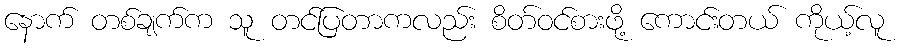
နောက် တစ်ချက်က သူ တင်ပြတာကလည်း စိတ်ဝင်စားဖို့ ကောင်းတယ် ကိုယ့်လူ